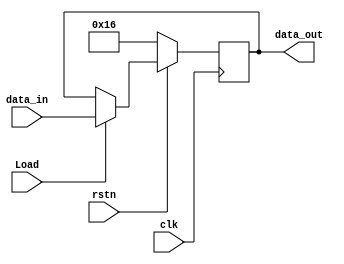
module reg_CAR(clk,rstn,Load,data_in,data_out);
input clk,rstn,Load;
input [4:0] data_in;
output [4:0] data_out;
reg [4:0] d;
always @(posedge clk) begin
if(rstn==1'b0) d<=5'b10110;
else if(Load==1'b1) d<=data_in;
else d<=data_out;
end
assign data_out=d;
endmodule